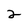
Character: 2